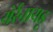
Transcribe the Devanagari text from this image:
येर्रनायडू